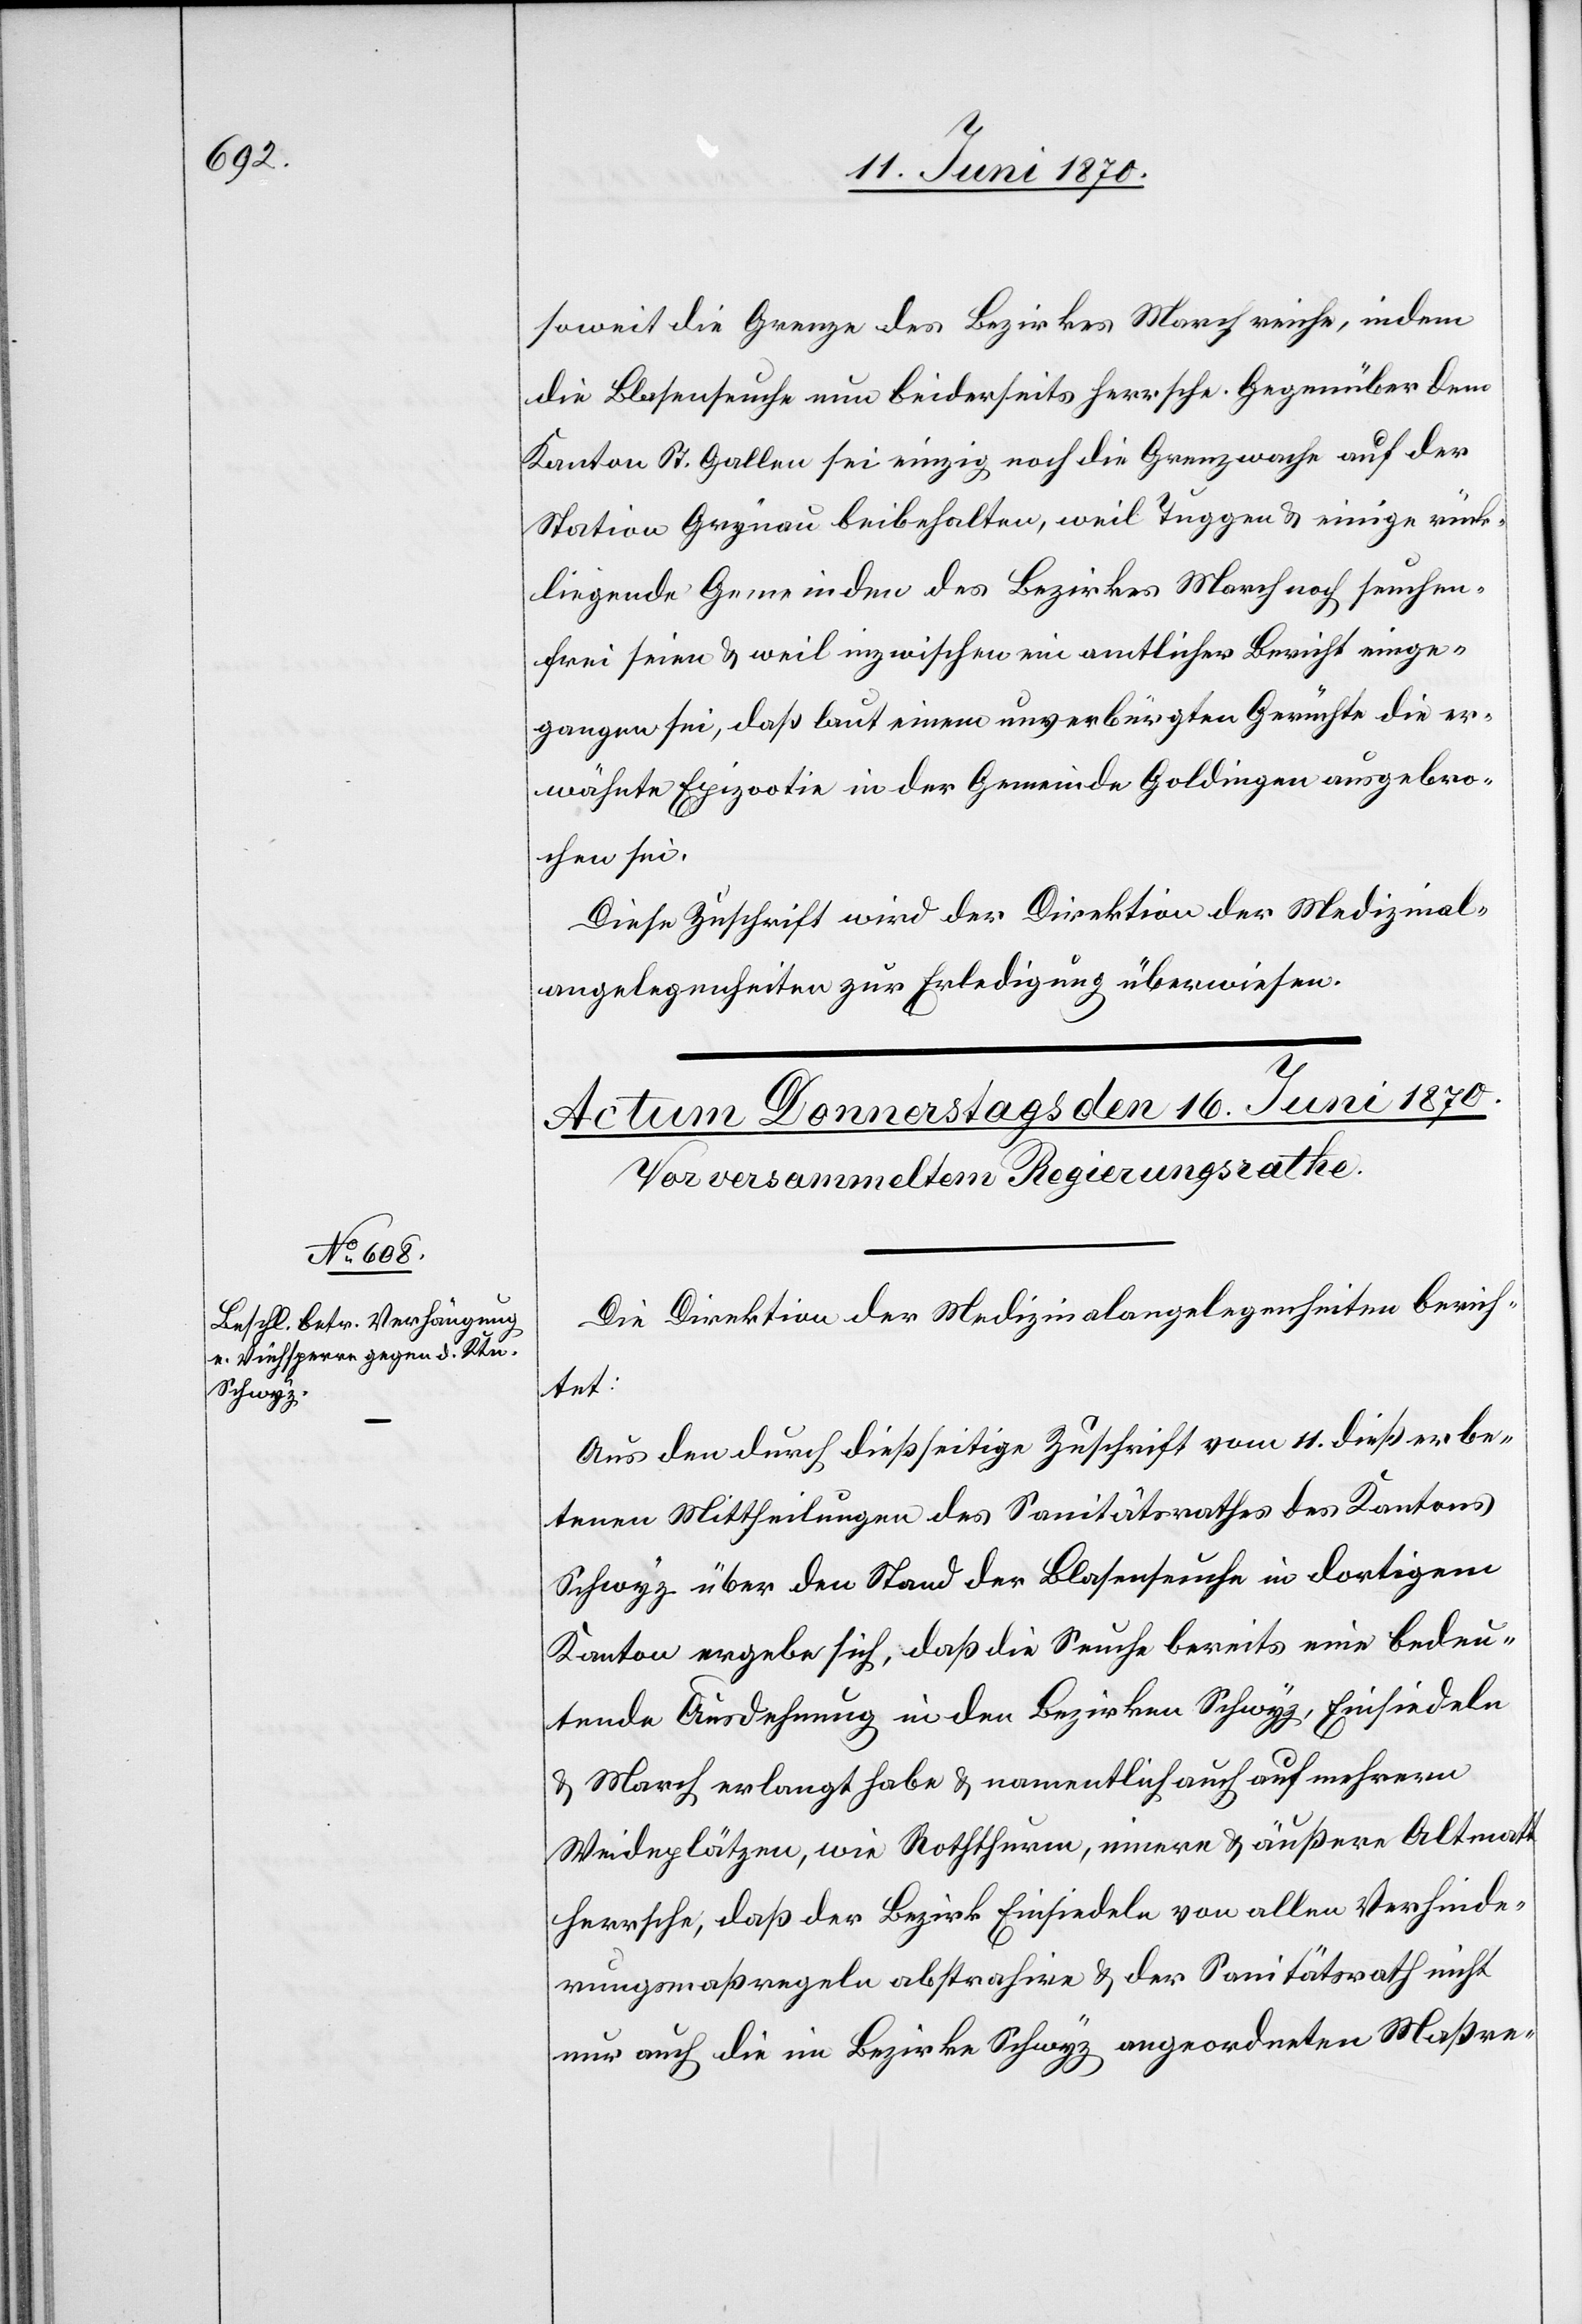
soweit die Grenze des Bezirkes March reiche, indem
die Blasenseuche nun beiderseits herrsche. Gegenüber dem
Kanton St. Gallen sei einzig noch die Grenzwache auf der
Station Grynau beibehalten, weil Tuggen & einige rück¬
liegende Gemeinden des Bezirkes March noch seuchen¬
frei seien & weil inzwischen ein amtlicher Bericht einge¬
gangen sei, daß laut einem unverbürgten Gerüchte die er¬
wähnte Epizootie in der Gemeinde Goldingen ausgebro¬
chen sei.
Diese Zuschrift wird der Direktion der Medizinal¬
angelegenheiten zur Erledigung überwiesen.
Die Direktion der Medizinalangelegenheiten berich¬
tet:
Aus den durch dießseitiger Zuschrift vom 11. dieß erbe¬
tenen Mittheilungen des Sanitätsrathes des Kantons
Schwyz über den Stand der Blasenseuche in dortigem
Kanton ergebe sich, daß die Seuche bereits eine bedeu¬
tende Ausdehnung in den Bezirken Schwyz, Einsiedeln
& March erlangt habe & namentlich auch auf mehrern
Weideplätzen, wie Roththurm, innern & äußern Altmatt
herrsche, daß der Bezirk Einsiedeln von allen Verhinde¬
rungsmaßregeln abstrahire & der Sanitätsrath nicht
nur auch die im Bezirke Schwyz angeordneten Maßre-